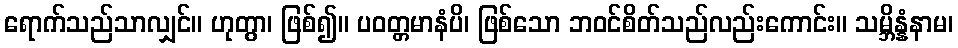
ရောက်သည်သာလျှင်။ ဟုတွာ၊ ဖြစ်၍။ ပဝတ္တမာနံပိ၊ ဖြစ်သော ဘဝင်စိတ်သည်လည်းကောင်း။ သမ္ဘိန္နံနာမ၊